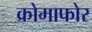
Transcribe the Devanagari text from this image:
क्रोमाफोर